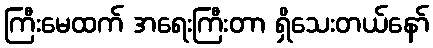
ကြီးမေထက် အရေးကြီးတာ ရှိသေးတယ်နော်